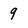
Character: 9